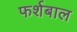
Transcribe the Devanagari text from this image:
फर्शबाल